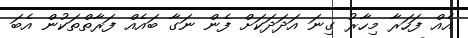
އެއް ފަހަރާ މިހާރު ގިނަ އަދަދަކަށް ފެން ނަގާ ބައެއް ފަރާތްތަކުން އެބަ